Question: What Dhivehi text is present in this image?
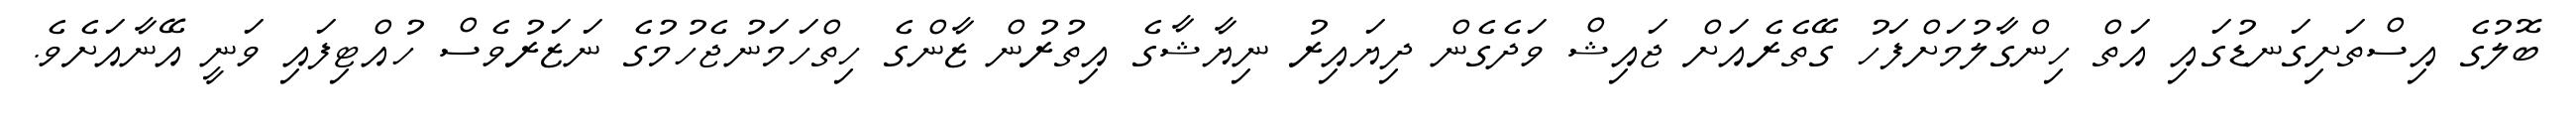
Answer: ބޮލުގެ އިސްތަށިގަނޑުގައި އަތް ހިންގާލުމަށްފަހު ގޭތެރެއަށް ޖައިޝް ވަދެގެން ދިޔައިރު ނިޔާޝާގެ އިތުރުން ޒާންގެ ހިތްހަމަނުޖެހުމުގެ ނަޒަރުވެސް ހުއްޓިފައި ވަނީ އޭނާއަށެވެ.